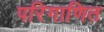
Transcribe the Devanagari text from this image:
परिगाणित